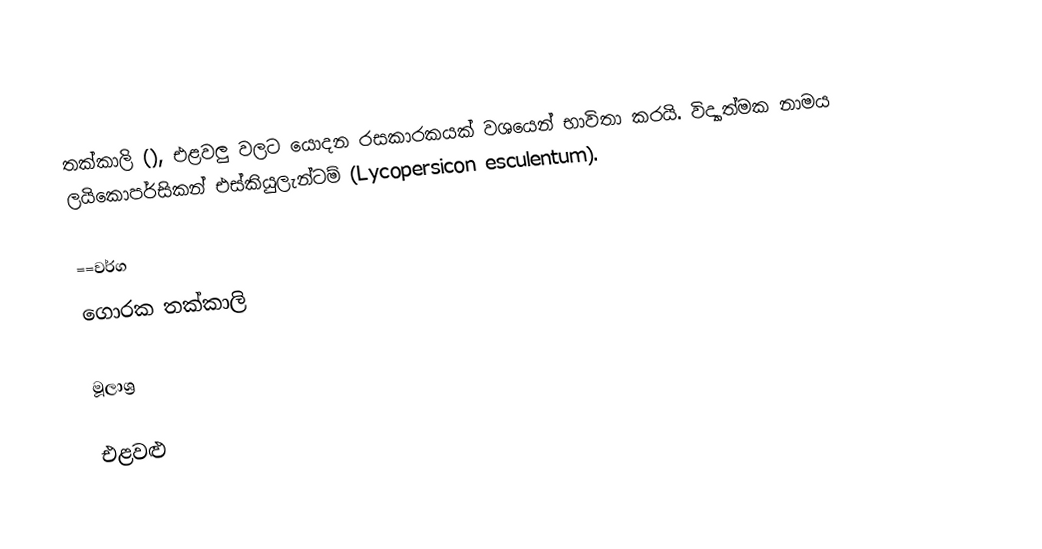
තක්කාලි (), එළවලු වලට යොදන රසකාරකයක් වශයෙන් භාවිතා කරයි. විද්‍යාත්මක නාමය ලයිකොපර්සිකන් එස්කියුලැන්ටම් (Lycopersicon esculentum).

==වර්ග
 ගොරක තක්කාලි

මූලාශ්‍ර

එළවළු